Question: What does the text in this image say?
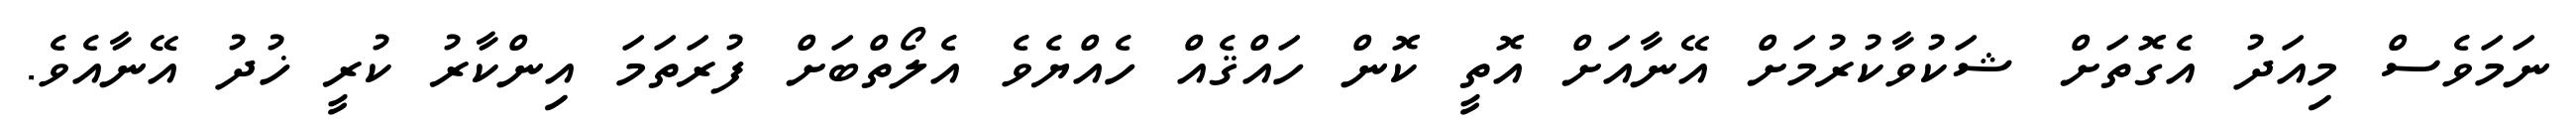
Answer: ނަމަވެސް މިއަދު އެގޮތަށް ޝަކުވާކުރުމަށް އޭނާއަށް އޮތީ ކޮން ހައްޤެއް ހެއްޔެވެ އެލޯތްބަށް ފުރަތަމަ އިންކާރު ކުރީ ޚުދު އޭނާއެވެ.